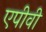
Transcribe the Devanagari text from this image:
एपीवी